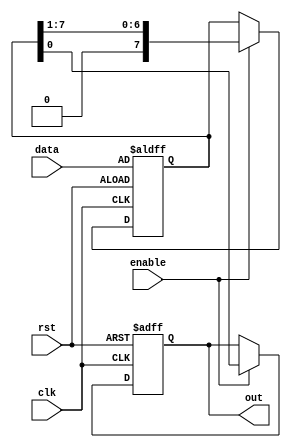
`timescale 1ns / 1ps
//////////////////////////////////////////////////////////////////////////////////
// Company: 
// Engineer: 
// 
// Design Name: 
// Module Name: piso
// Project Name: 
// Target Devices: 
// Tool Versions: 
// Description: 
// 
// Dependencies: 
// 
// Revision:
// Revision 0.01 - File Created
// Additional Comments:
// 
//////////////////////////////////////////////////////////////////////////////////

module piso(clk, enable, rst, data, out);
  input enable, clk, rst;
  input [7:0] data;
  output out;

  reg out;
  reg [7:0] memory;

  always @ (posedge clk, posedge rst) begin
    if (rst == 1'b1) begin
      out <= 1'b0;
      memory <= data;
    end
    else begin
      if (enable) begin
        out = memory[0];
        memory = memory >> 1'b1;
      end
    end
  end
endmodule